Newspaper: Daily inter mountain. [volume]
Place of publication: Butte, Mont.
Publisher: Inter Mountain Pub. Co.
Date: 1900-01-18 00:00:00
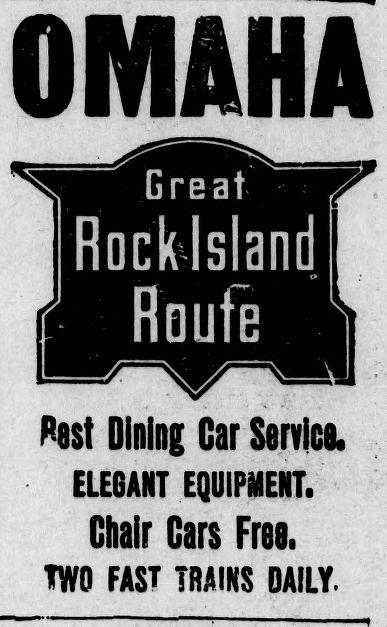
Advertisement text (OCR):
OMAHA r Hast Dining Gar Servies. ELESANT EQUIPMENT. Chair Cars Free. TWO FAST TRAINS DAILY.
Label: text-only